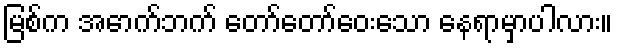
မြစ်က အောက်ဘက် တော်တော်ဝေးသော နေရာမှာပါလား။